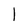
Character: l